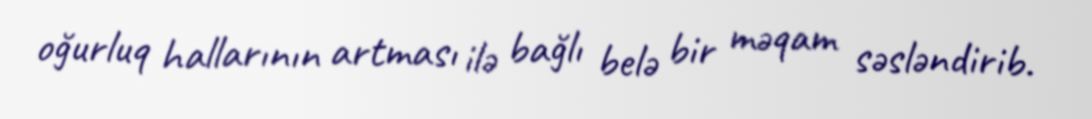
oğurluq hallarının artması ilə bağlı belə bir məqam səsləndirib.